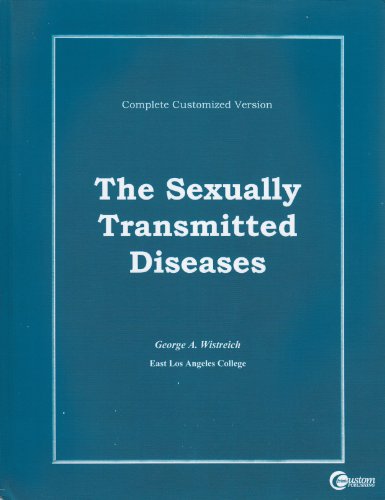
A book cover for The sexually transmitted diseases; George A Wistreich; Health, Fitness & Dieting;